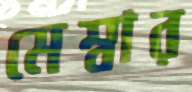
মেম্বার